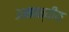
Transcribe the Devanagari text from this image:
अमान्वीय